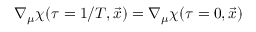
\nabla _ { \mu } \chi ( \tau = 1 / T , \vec { x } ) = \nabla _ { \mu } \chi ( \tau = 0 , \vec { x } )